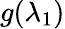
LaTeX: g(\lambda_{1})